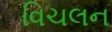
વિચલન